Scottish Education Department, 1923
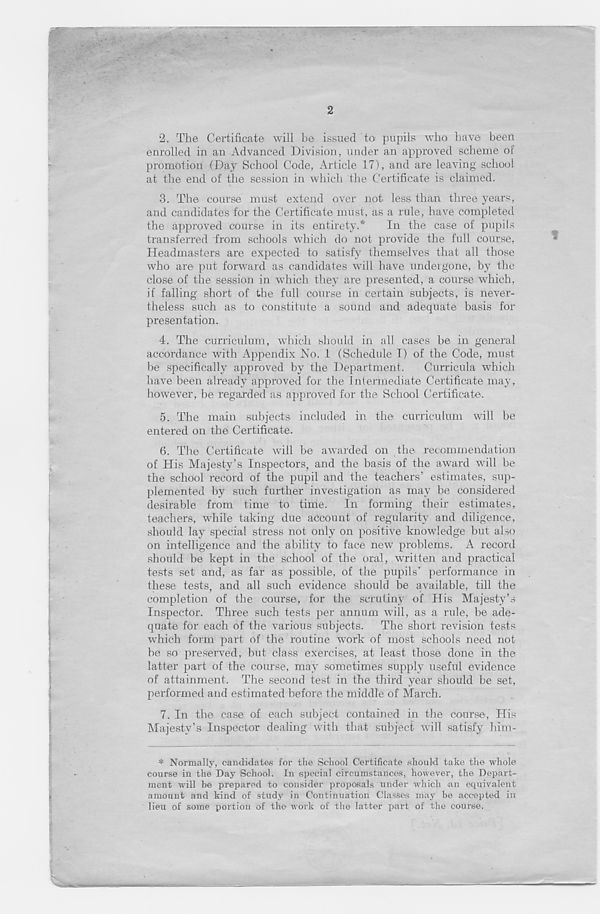
9PPPHHPMIPKQ!
2
2. The Certificate will be issued to pupils who have been
enrolled in an Advanced Division, under an approved scheme of
promotion (Day School Code, Article 17), and are leaving school
at the end of the session in which the Certificate is claimed.
3. The course must extend over not less than three years,
and candidates for the Certificate must, as a rule, have completed
the approved course in its entirety.*
In the case of pupils
transferred from schools which do not provide the full course,
Headmasters are expected to satisfy themselves that all those
who are put forward as candidates will have undergone, by the
close of the session in which they are presented, a course which,
if falling short of the full course in certain subjects, is never-
theless such as to constitute a sound and adequate basis for
presentation.
4. The curriculum, which should in all cases be in general
accordance with Appendix No. 1 (Schedule I) of the Code, must
be specifically approved by the Department.
Curricula which
have been already approved for the Intermediate Certificate may,
however, be regarded as approved for the School Certificate.
5. The main subjects included in the curriculum will be
entered on the Certificate.
6. The Certificate will be awarded on the recommendation
of His Majesty’s Inspectors, and the basis of the award will be
the school record of the pupil and the teachers’ estimates, sup-
plemented by such further investigation as may be considered
desirable from time to time. In forming their estimates,
teachers, while taking due account of regularity and diligence,
should lay special stress not only on positive knowledge but also
on intelligence and the ability to face new problems. A record
should be kept in the school of the oral, written and practical
tests set and, as far as possible, of the pupils’ performance in
these tests, and all such evidence should be available, till the
completion of the course, for the scrutiny of His Majesty’s
Inspector. Three such tests per annum will, as a rule, be ade-
quate for each of the various subjects. The short revision tests
wTiich form part of the routine work of most schools need not
be so preserved, but class exercises, at least those done in the
latter part of the course, may sometimes supply useful evidence
of attainment. The second test in the third year should be set,
performed and estimated before the middle of March.
7. In the case of each subject contained in the course, His
Majesty’s Inspector dealing with that subject will satisfy him-
* Normally, candidates for the School Certificate should take the whole
course in the Day School. In special circumstances, however, the Depart-
ment will be prepared to consider proposals under which an equivalent
amount and kind of study in Continuation Classes may be accepted in
lieu of some portion of the work of the latter part of the course.